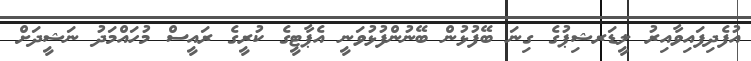
އުފެދިފައިވާއިރު ލީޑަރޝިޕުގެ ގިނަ ބޭފުޅުން ބޭނުންފުޅުވަނީ އެޕާޓީގެ ކުރީގެ ރައީސް މުހައްމަދު ނަޝީދަށް